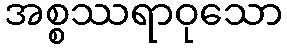
အစ္စဿရာဝုသော